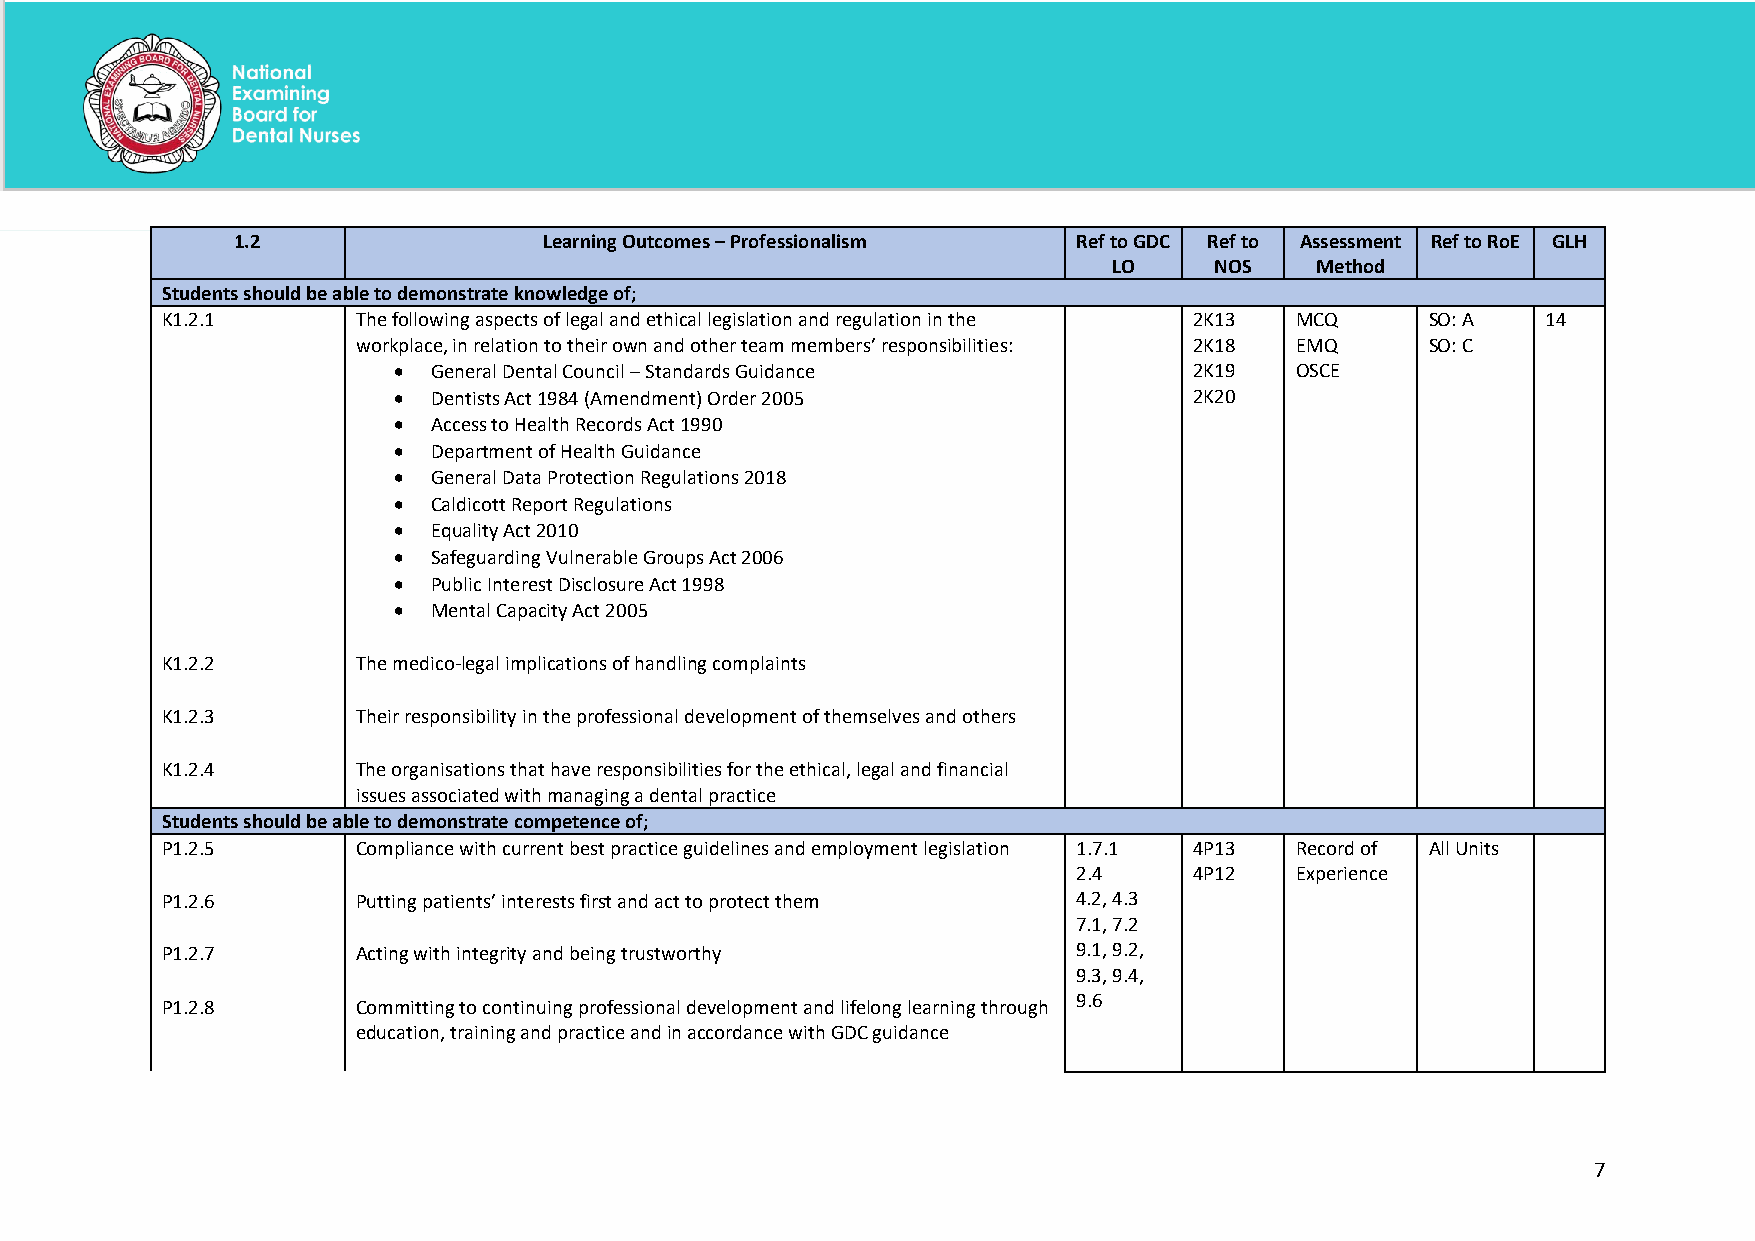
1.2                 Learning Outcomes – Professionalism Ref to GDC Ref to Assessment Ref to RoE GLH
 LO    NOS    Method
 Students should be able to demonstrate knowledge of;
 K1.2.1       The following aspects of legal and ethical legislation and regulation in the 2K13 MCQ SO: A 14
 workplace, in relation to their own and other team members’ responsibilities: 2K18 EMQ SO: C
 •  General Dental Council – Standards Guidance       2K19   OSCE
 •  Dentists Act 1984 (Amendment) Order 2005          2K20
 •  Access to Health Records Act 1990
 •  Department of Health Guidance
 •  General Data Protection Regulations 2018
 •  Caldicott Report Regulations
 •  Equality Act 2010
 •  Safeguarding Vulnerable Groups Act 2006
 •  Public Interest Disclosure Act 1998
 •  Mental Capacity Act 2005
 K1.2.2       The medico-legal implications of handling complaints
 K1.2.3       Their responsibility in the professional development of themselves and others
 K1.2.4       The organisations that have responsibilities for the ethical, legal and financial
 issues associated with managing a dental practice
 Students should be able to demonstrate competence of;
 P1.2.5       Compliance with current best practice guidelines and employment legislation 1.7.1 4P13 Record of All Units
 2.4     4P12   Experience
 P1.2.6       Putting patients’ interests first and act to protect them 4.2, 4.3
 7.1, 7.2
 P1.2.7       Acting with integrity and being trustworthy    9.1, 9.2,
 9.3, 9.4,
 P1.2.8       Committing to continuing professional development and lifelong learning through 9.6
 education, training and practice and in accordance with GDC guidance
 7
 National Examining Board for Dental Nurses